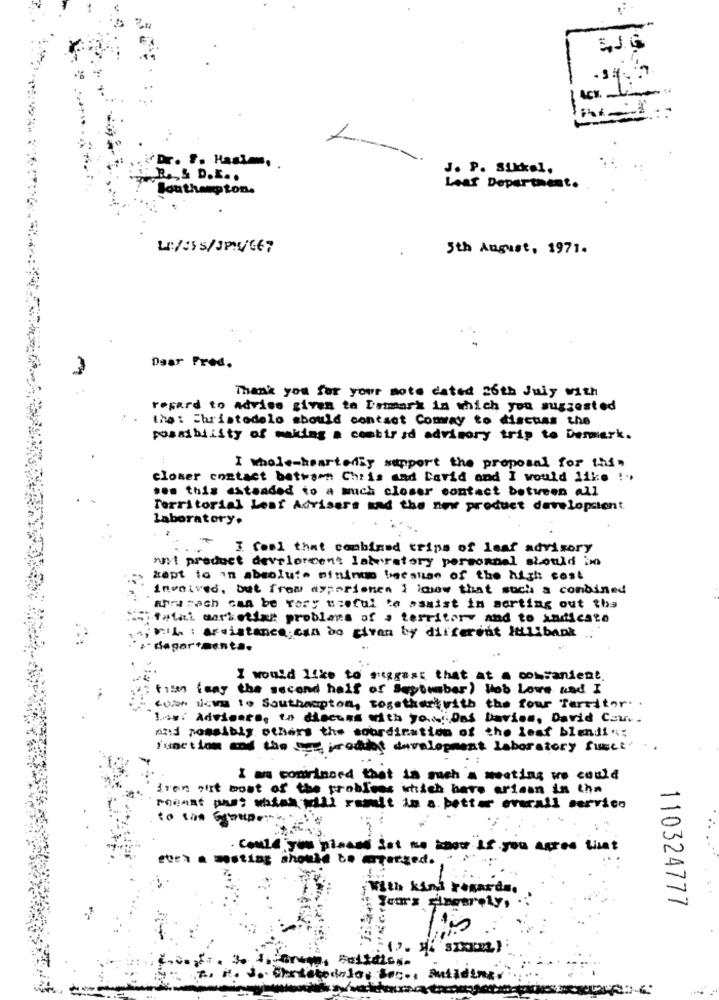
Ack. 6
L
Dr. F. Hasim,
J. P. Sukkel,
R & D ....
Southamptons
Leaf Department.
Le/3Ss/JP/667
3th August, 1971.
Daar Pred.
Thank you for your note dated 26th July with
regard to advise given to Dammarx in which you suggested
Ino: Christodelo should contact Commay to discuss the
possibility of making a combir sd advisory trip to Denmark.
I whole-heartedly support the proposal for this
closer contact between Chris and David and I would like !"
ses this extended to a much closer contact between all
Territorial Leaf Advisers and the new product developstent
laboratory.
I Cool that combined trips of leaf advisory
nnt product develoreent laboratory personnal should be
tapt to in absolute nininup because of the high cost
involved, but frow as;priones 1 imwow that such a combined
arramach can be very useful to assist in sorting out the
fatal marketing problems of a territory and to indicate
vil : areistance; can do given by different Iellbank
dagar+menta.
I would like to suggest that at a coisanient.
tils feny the second half of September) Hob Lowe kad I
con nova to Southampton, togetherwith the four Territor. .
Ing: Advisers, to discuss with yo ... Das Davies, David Can ..
And possibly others the coordination of the leaf blends":
junction and the brodit development Laboratory funct
I am convinced that in such'a meeting we could
iren out most of the problees which bare ar
are ariaan in the
Minst pas; which will remit im a better everall servico
to un
. could you placed let me know if you agree tisat
fueà a meeting ahoule to arterged.
-
j With kind regards.
110324777
3. ChristodoJas Soc ., Autidine.